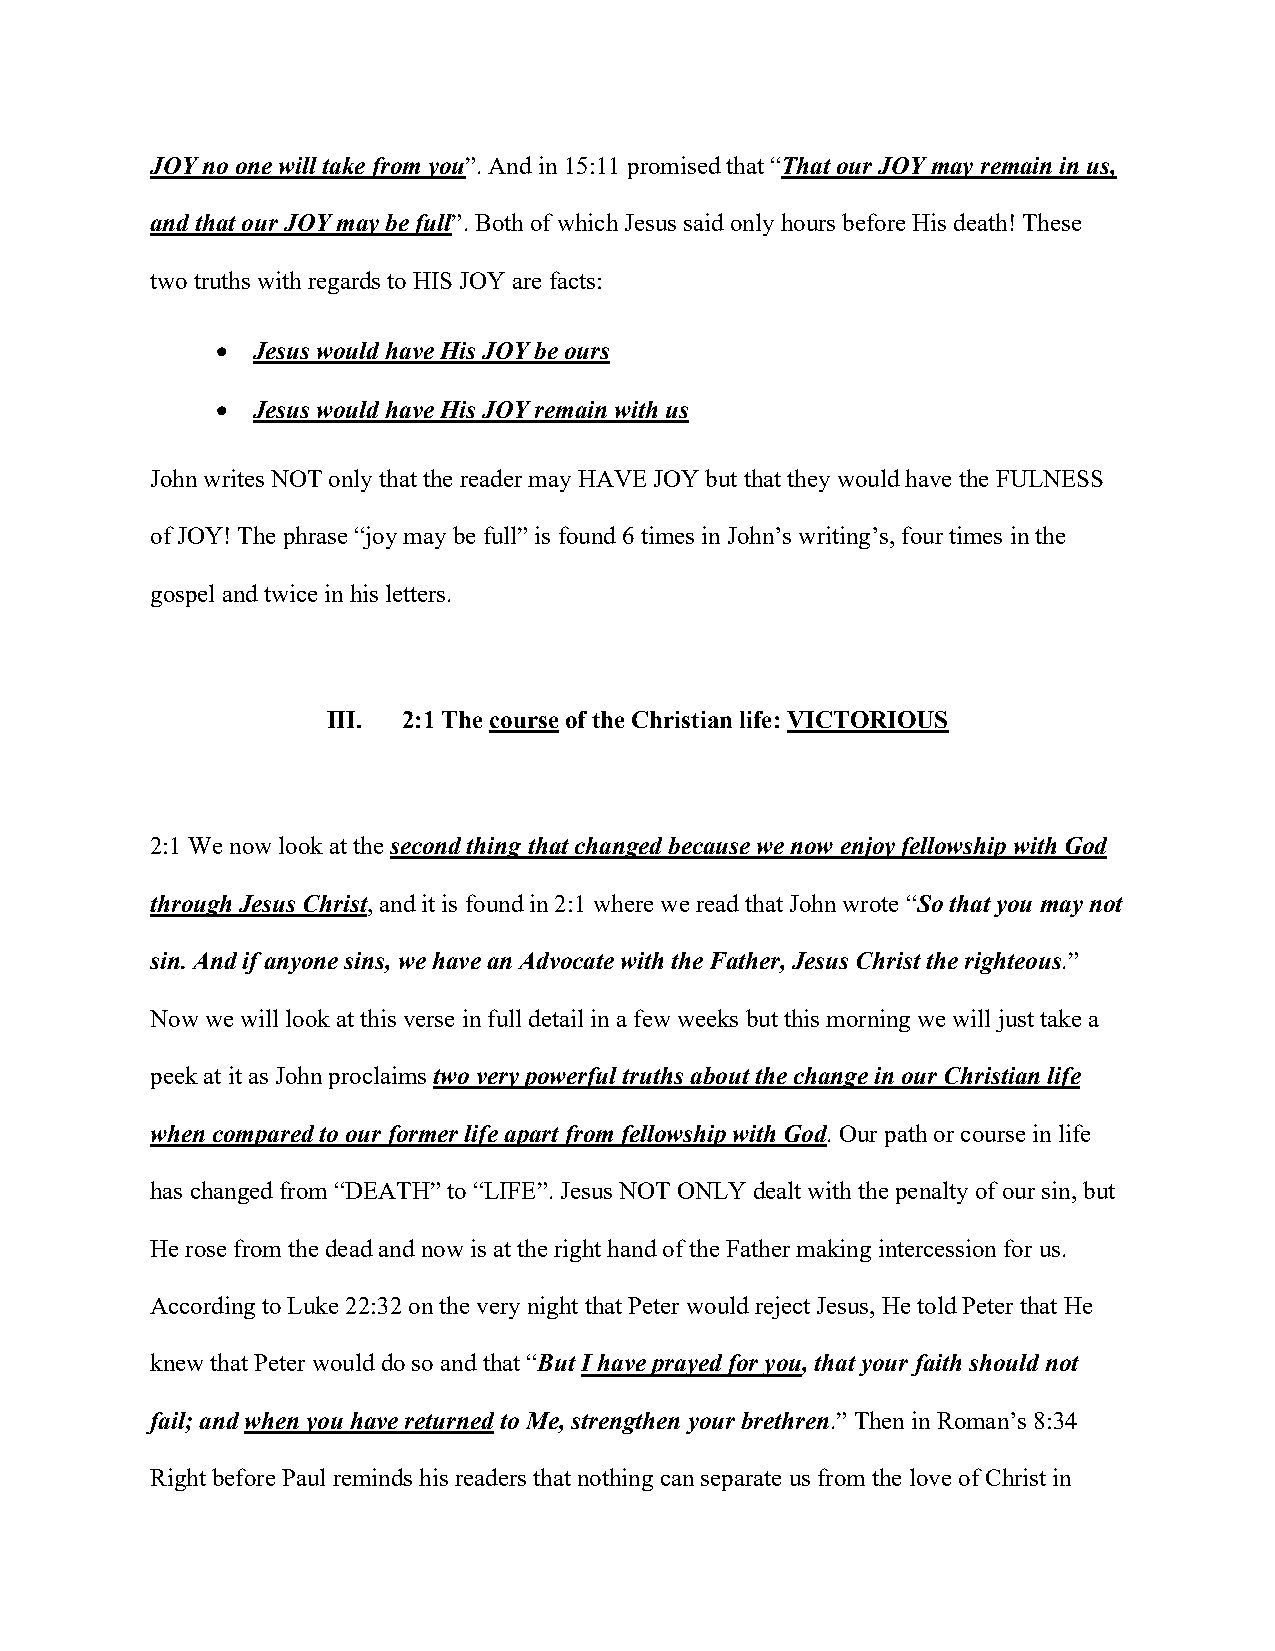
JOY no one will take from you”. And in 15:11 promised that “That our JOY may remain in us,
 and that our JOY may be full”. Both of which Jesus said only hours before His death! These
 two truths with regards to HIS JOY are facts:
 •  Jesus would have His JOY be ours
 •  Jesus would have His JOY remain with us
 John writes NOT only that the reader may HAVE JOY but that they would have the FULNESS
 of JOY! The phrase “joy may be full” is found 6 times in John’s writing’s, four times in the
 gospel and twice in his letters.
 III. 2:1 The course of the Christian life: VICTORIOUS
 2:1 We now look at the second thing that changed because we now enjoy fellowship with God
 through Jesus Christ, and it is found in 2:1 where we read that John wrote “So that you may not
 sin. And if anyone sins, we have an Advocate with the Father, Jesus Christ the righteous.”
 Now we will look at this verse in full detail in a few weeks but this morning we will just take a
 peek at it as John proclaims two very powerful truths about the change in our Christian life
 when compared to our former life apart from fellowship with God. Our path or course in life
 has changed from “DEATH” to “LIFE”. Jesus NOT ONLY dealt with the penalty of our sin, but
 He rose from the dead and now is at the right hand of the Father making intercession for us.
 According to Luke 22:32 on the very night that Peter would reject Jesus, He told Peter that He
 knew that Peter would do so and that “But I have prayed for you, that your faith should not
 fail; and when you have returned to Me, strengthen your brethren.” Then in Roman’s 8:34
 Right before Paul reminds his readers that nothing can separate us from the love of Christ in